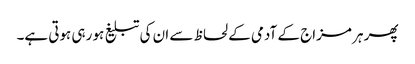
پھر ہر مزاج کے آدمی کے لحاظ سے ان کی تبلیغ ہو رہی ہوتی ہے۔